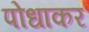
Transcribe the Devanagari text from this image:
पोधाकर